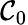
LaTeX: \mathcal{C}_{0}